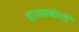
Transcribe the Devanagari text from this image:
हाउसबोटों